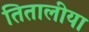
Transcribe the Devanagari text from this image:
तितालीया